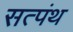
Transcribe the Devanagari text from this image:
सत्पंथ